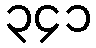
၃၄၁